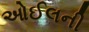
ઓઈલની